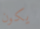
يكون